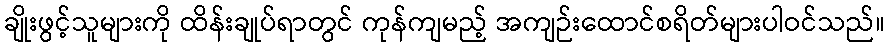
ချိုးဖွင့်သူများကို ထိန်းချုပ်ရာတွင် ကုန်ကျမည့် အကျဉ်းထောင်စရိတ်များပါဝင်သည်။